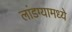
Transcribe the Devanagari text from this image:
लांडग्यामध्ये